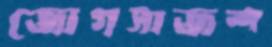
জোগসাজশ